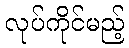
လုပ်ကိုင်မည့်